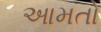
આમતો